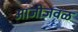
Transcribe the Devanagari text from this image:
आजीजवळ